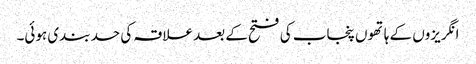
انگریزوں کے ہاتھوں پنجاب کی فتح کے بعد علاقہ کی حد بندی ہوئی۔